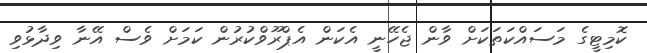
ކޮމިޓީގެ މަސައްކަތަކަށް ވާން ޖެހޭނީ އެކަން އެޕްރޫވްކުރުން ކަމަށް ވެސް އޭނާ ވިދާޅުވި